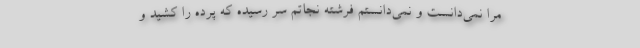
مرا نمی‌دانست و نمی‌دانستم فرشته نجاتم سر رسیده که پرده را کشید و